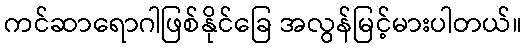
ကင်ဆာရောဂါဖြစ်နိုင်ခြေ အလွန်မြင့်မားပါတယ်။